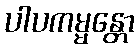
ပါပကမ္မန္တော